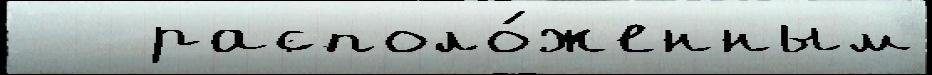
   располо́женным